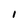
Character: i